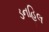
ડનહિલ